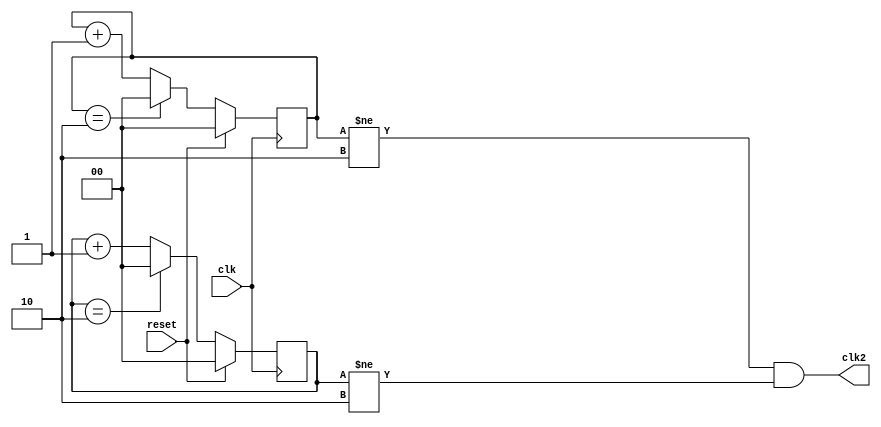

module freq_div_3(clk,clk2,reset);

input clk,reset;
output clk2;

wire clk,clk2,reset;

reg [1:0]pos_cnt;
reg [1:0]neg_cnt;

always @(posedge clk) begin

if (reset) begin
pos_cnt=2'b00;
end else if(pos_cnt==2'b10) begin
pos_cnt=2'b00;
end
else begin
pos_cnt=pos_cnt+2'b01;
end
end 

always @(negedge clk) begin

if (reset) begin
neg_cnt=2'b00;
end else if(neg_cnt==2'b10) begin
neg_cnt=2'b00;
end
else begin
neg_cnt=neg_cnt+2'b01;
end
end 

assign clk2 = ((pos_cnt !=2) && (neg_cnt !=2));

endmodule